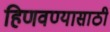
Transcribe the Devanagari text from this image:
हिणवण्यासाठी